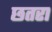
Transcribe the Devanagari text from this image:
छतरा